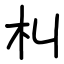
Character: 朻